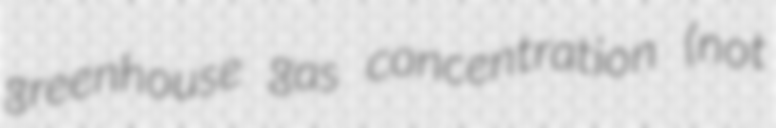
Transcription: greenhouse gas concentration (not